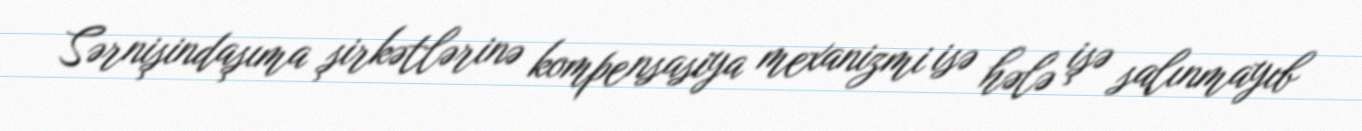
Sərnişindaşıma şirkətlərinə kompensasiya mexanizmi isə hələ işə salınmayıb